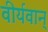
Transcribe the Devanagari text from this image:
वीर्यवान्‌